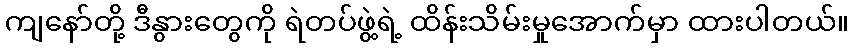
ကျနော်တို့ ဒီနွားတွေကို ရဲတပ်ဖွဲ့ရဲ့ ထိန်းသိမ်းမှုအောက်မှာ ထားပါတယ်။